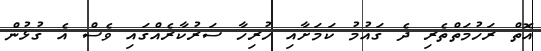
އޮތް ރަހުމަތްތެރި ދެ ގައުމު ކަމަށާއި ހުރިހާ ސަރުކާރެއްގައި ވެސް އެ ގުޅުން